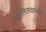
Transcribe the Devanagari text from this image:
पालितवानसि